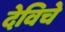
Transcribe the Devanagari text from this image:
देविचे